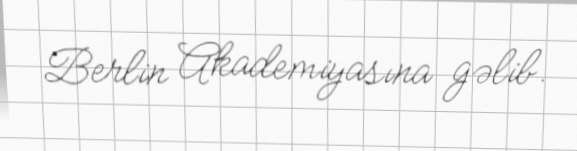
Berlin Akademiyasına gəlib.